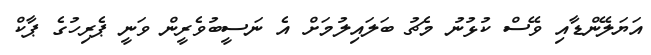
އަޔަލޭންޑާއި ވޭސް ކުޅުނު މެޗު ބަލައިލުމަށް އެ ނަސީބުވެރީން ވަނީ ޕެރިހުގެ ޕާކް